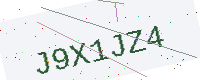
Text: J9X1JZ4